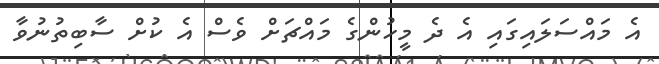
އެ މައްސަލައިގައި އެ ދެ މީހުންގެ މައްޗަށް ވެސް އެ ކުށް ސާބިތުނުވާ